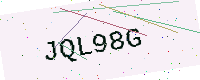
Text: JQL98G